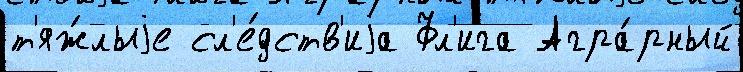
т'яж́лыjе сл'е́дств'иjа Фл'ига Агра́рный